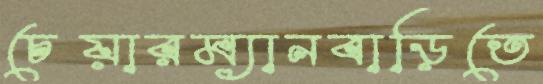
চেয়ারম্যানবাড়িতে